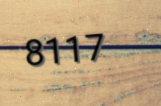
8117